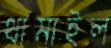
থামাইল